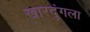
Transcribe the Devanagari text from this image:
खारदुंगला